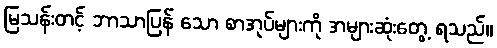
မြသန်းတင့် ဘာသာပြန် သော စာအုပ်များကို အများဆုံးတွေ့ ရသည်။